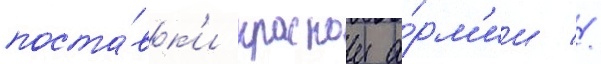
поста́вк'и краснои а́рм'ии //